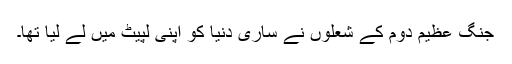
جنگِ عظیم دوم کے شعلوں نے ساری دنیا کو اپنی لپیٹ میں لے لیا تھا۔